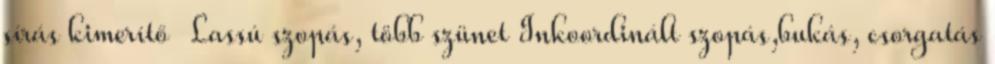
sírás kimerítő Lassú szopás, több szünet Inkoordinált szopás,bukás, csorgatás